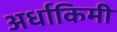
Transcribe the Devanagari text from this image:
अर्धाकिमी